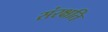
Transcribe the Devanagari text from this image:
संरक्षति